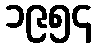
၁၉၅၄